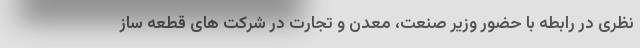
نظری در رابطه با حضور وزیر صنعت، معدن و تجارت در شرکت های قطعه ساز